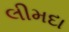
લીમદા